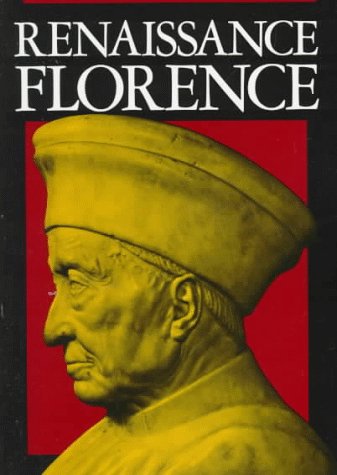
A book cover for Renaissance Florence, Updated edition; Gene Brucker; History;